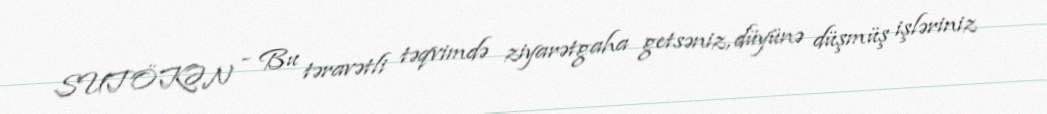
SUTÖKƏN - Bu təravətli təqvimdə ziyarətgaha getsəniz, düyünə düşmüş işləriniz